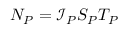
N _ { P } = \mathcal { I } _ { P } S _ { P } T _ { P }